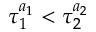
\tau _ { 1 } ^ { a _ { 1 } } < \tau _ { 2 } ^ { a _ { 2 } }